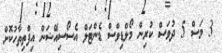
3 މަސް 5 ދުވަސް ކުރިން މޯލްޑިވްސް ޑެންޓަލް އެސޯސިއޭޝަން އިފްތިތާހުކޮށް